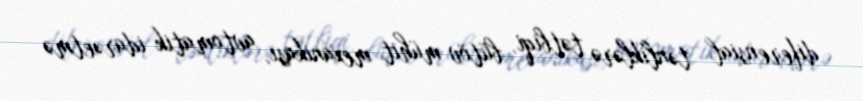
diferensial tənliklərə tətbiqi, bütöv mühit mexanikası, avtomatik idarəetmə